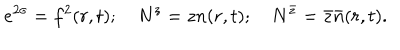
e ^ { 2 \sigma } = f ^ { 2 } ( r , t ) ; ~ N ^ { z } = z n ( r , t ) ; ~ N ^ { \bar { z } } = \bar { z } \bar { n } ( r , t ) .